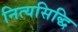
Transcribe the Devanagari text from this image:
नित्यसिद्धि